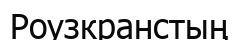
Роузкранстың